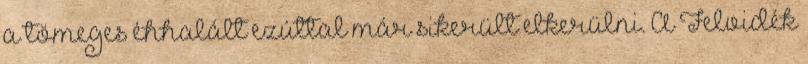
a tömeges éhhalált ezúttal már sikerült elkerülni. A Felvidék